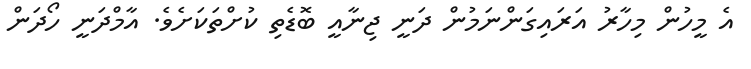
އެ މީހުން މިހާރު އަރައިގަންނަމުން ދަނީ ޖިނާއީ ބޮޑެތި ކުށްތަކަށެވެ. އާމްދަނީ ހޯދަން